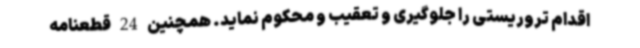
اقدام تروریستی را جلوگیری و تعقیب و محکوم نماید. همچنین 24 قطعنامه